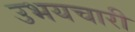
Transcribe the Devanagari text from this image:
उभयचारी